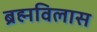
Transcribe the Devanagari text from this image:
ब्रह्मविलास